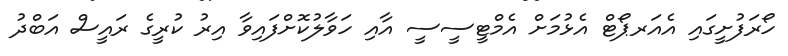
ހޯރަފުށީގައި އެއަރޕޯޓް އެޅުމަށް އެމްޓީސީސީ އާއި ހަވާލުކޮށްފައިވާ އިރު ކުރީގެ ރައީސް އަބްދު